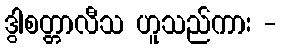
ဒွါစတ္တာလီသ ဟူသည်ကား -